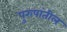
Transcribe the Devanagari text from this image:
पुरुषांतील